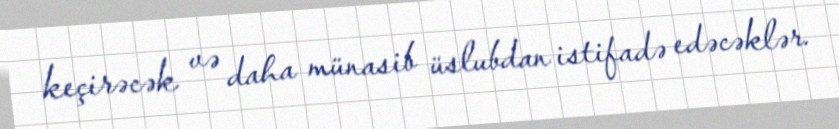
keçirəcək və daha münasib üslubdan istifadə edəcəklər.